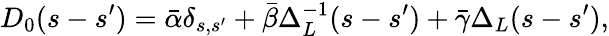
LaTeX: D_{0}(s-s^{\prime})=\bar{\alpha}\delta_{s,s^{\prime}}+\bar{\beta}\Delta_{L}^{-1}(s-s^{\prime})+\bar{\gamma}\Delta_{L}(s-s^{\prime}),